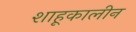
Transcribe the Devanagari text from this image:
शाहूकालीन